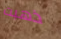
ذهبت